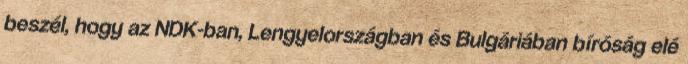
beszél, hogy az NDK-ban, Lengyelországban és Bulgáriában bíróság elé